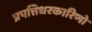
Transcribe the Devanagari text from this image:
प्रपत्तिधरकारिणो